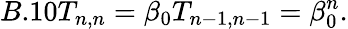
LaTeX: B.10T_{n,n}=\beta_{0}T_{n-1,n-1}=\beta_{0}^{n}.